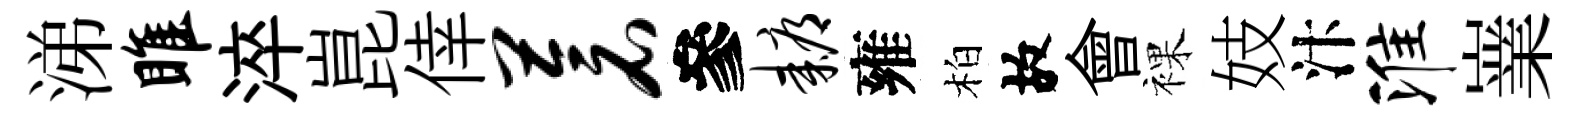
涕雎淬崑倖苍參耨雍柏故會裸妓汴淮嶪